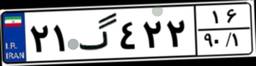
۲۱گ۴۲۲۱۶